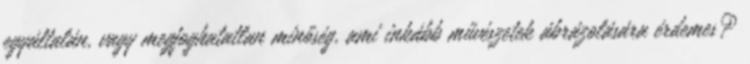
egyáltalán, vagy megfoghatatlan minőség, ami inkább művészetek ábrázolására érdemes?